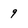
Character: 9